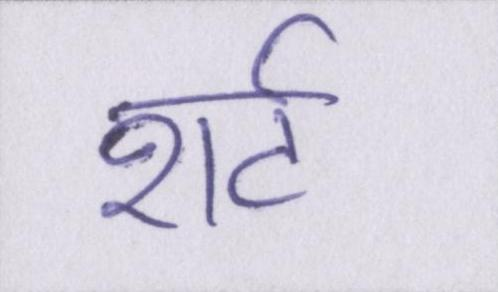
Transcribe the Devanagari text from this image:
शर्ट